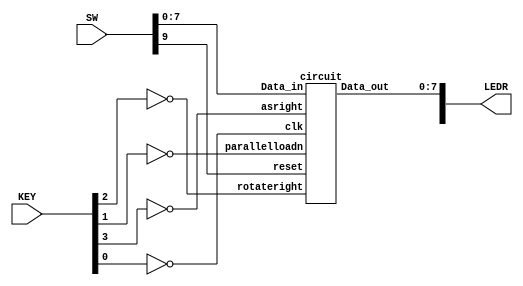
module main(SW, KEY, LEDR);
    input [9:0] SW;
    input [3:0] KEY;
    output [9:0] LEDR;

    circuit z(.rotateright(~KEY[2]), .parallelloadn(~KEY[1]), .asright(~KEY[3]), .clk(~KEY[0]), .reset(SW[9]), .Data_in(SW[7:0]), .Data_out(LEDR[7:0]));
endmodule

module circuit(rotateright, parallelloadn, asright, clk, reset, Data_in, Data_out);
    input reset;
    input clk;
    input [7:0] Data_in;
    input rotateright;
    input parallelloadn;
    input asright;
    output [7:0] Data_out;

    subcircuit q0 (.right(Data_out[7]), .left(Data_out[1]), .rotateright(rotateright), .parallelloadn(parallelloadn), .clk(clk), .reset(reset), .Data_in(Data_in[0]), .Q(Data_out[0]));
    subcircuit q1 (.right(Data_out[0]), .left(Data_out[2]), .rotateright(rotateright), .parallelloadn(parallelloadn), .clk(clk), .reset(reset), .Data_in(Data_in[1]), .Q(Data_out[1]));
    subcircuit q2 (.right(Data_out[1]), .left(Data_out[3]), .rotateright(rotateright), .parallelloadn(parallelloadn), .clk(clk), .reset(reset), .Data_in(Data_in[2]), .Q(Data_out[2]));
    subcircuit q3 (.right(Data_out[2]), .left(Data_out[4]), .rotateright(rotateright), .parallelloadn(parallelloadn), .clk(clk), .reset(reset), .Data_in(Data_in[3]), .Q(Data_out[3]));
    subcircuit q4 (.right(Data_out[3]), .left(Data_out[5]), .rotateright(rotateright), .parallelloadn(parallelloadn), .clk(clk), .reset(reset), .Data_in(Data_in[4]), .Q(Data_out[4]));
    subcircuit q5 (.right(Data_out[4]), .left(Data_out[6]), .rotateright(rotateright), .parallelloadn(parallelloadn), .clk(clk), .reset(reset), .Data_in(Data_in[5]), .Q(Data_out[5]));
    subcircuit q6 (.right(Data_out[5]), .left(Data_out[7]), .rotateright(rotateright), .parallelloadn(parallelloadn), .clk(clk), .reset(reset), .Data_in(Data_in[6]), .Q(Data_out[6]));
    subcircuit_left q7 (.right(Data_out[6]), .left(Data_out[0]), .rotateright(rotateright), .parallelloadn(parallelloadn), .asright(asright), .clk(clk), .reset(reset), .Data_in(Data_in[7]), .Q(Data_out[7]));

endmodule

module subcircuit(right, left, rotateright, parallelloadn, Data_in, clk, reset, Q);
    input reset;
    input clk;
    input Data_in;
    input right;
    input left;
    input rotateright;
    input parallelloadn;
    output Q;
    wire c1, c2;
	 
    mux2to1 u1 (.a(right), .b(left), .s(rotateright), .f(c1));
    mux2to1 u2 (.a(Data_in), .b(c1), .s(parallelloadn), .f(c2));
    flipflop u3 (.reset(reset), .clk(clk), .D(c2), .Q(Q));

endmodule

module subcircuit_left(right, left, rotateright, parallelloadn, asright, Data_in, clk, reset, Q);
    input reset;
    input clk;
    input Data_in;
    input right;
    input left;
    input rotateright;
    input parallelloadn;
    input asright;
    output Q;
    wire c1, c2, c3;

    mux2to1 u0 (.a(left), .b(Q), .s(asright), .f(c1));
    mux2to1 u1 (.a(right), .b(c1), .s(rotateright), .f(c2));
    mux2to1 u2 (.a(Data_in), .b(c2), .s(parallelloadn), .f(c3));
    flipflop u3 (.reset(reset), .clk(clk), .D(c3), .Q(Q));

endmodule


module mux2to1 (a, b, s, f);
    input a;
    input b;
    input s;
    output f;

    assign f = (~s)&a || s&b;
endmodule

module flipflop (reset, clk, D, Q);
    input reset;
    input clk;
    input D;
    output reg Q;

    always@(posedge clk)//   triggered every time clock rises
        begin
            if (reset == 1'b1)//   when Reset  b is 1 (note this is tested on every rising clock edge)
                Q <= 0; // q is set to 0. Note that the assignment uses <= 
            else //   when Reset  b is 0 
                Q <= D; //   value of d passes through to output q
    end

endmodule